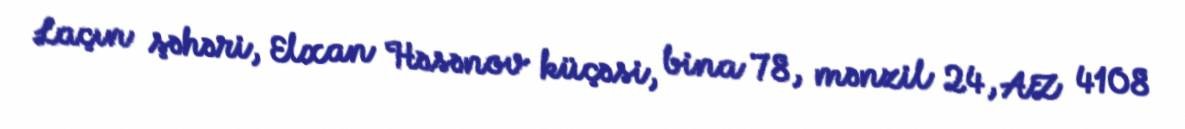
Laçın şəhəri, Elxan Həsənov küçəsi, bina 78, mənzil 24, AZ 4108